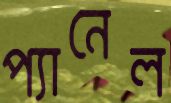
প্যানেল